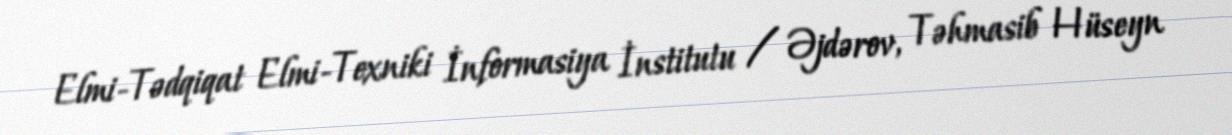
Elmi-Tədqiqat Elmi-Texniki İnformasiya İnstitutu / Əjdərov, Təhmasib Hüseyn